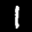
Label: 1